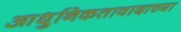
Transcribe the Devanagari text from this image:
आधुनिकतावादाच्या